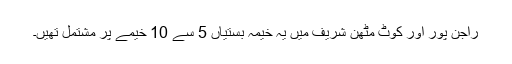
راجن پور اور کوٹ مٹھن شریف میں یہ خیمہ بستیاں 5 سے 10 خیمے پر مشتمل تھیں۔